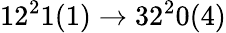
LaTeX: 12^{2}1(1)\rightarrow 32^{2}0(4)